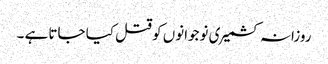
روزانہ کشمیری نوجوانوں کو قتل کیا جاتا ہے ۔